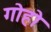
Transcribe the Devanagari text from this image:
गोहो